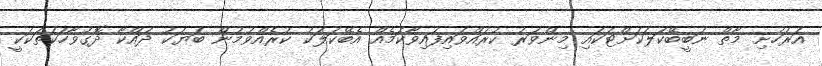
އަރަހުށި މާތް ނަބީބޭކަލަކަށްޓަކައި މިންވަރު ކުރައްވައިފައިވާކަމެއް އެބޭކަލަކު ކުރެއްވުމުން ބަޔަކު ދައްކާ ދޮގުވާހަކަތަކަކީ